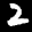
Label: 2